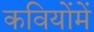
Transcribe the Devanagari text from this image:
कवियोंमें